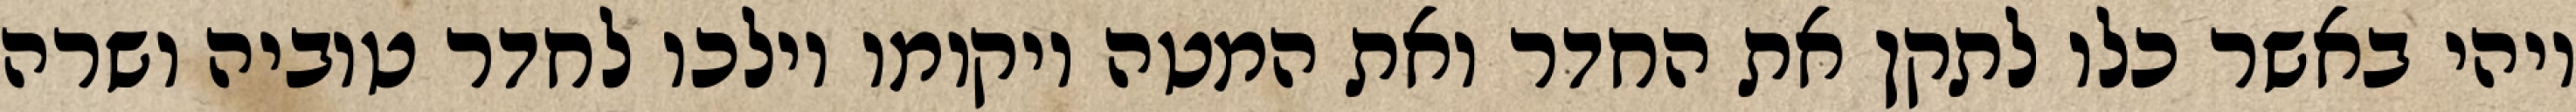
ויהי באשר כלו לתקן את החדר ואת המטה ויקומו וילכו לחדר טוביה ושרה